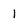
Character: 1